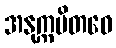
အနုက္ကမိတဝေ